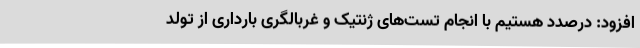
افزود: درصدد هستیم با انجام تست‌های ژنتیک و غربالگری بارداری از تولد